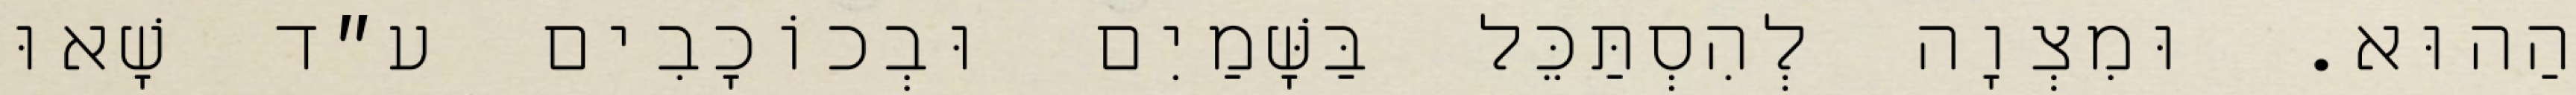
הַהוּא. וּמִצְוָה לְהִסְתַּכֵּל בַּשָּׁמַיִם וּבְכוֹכָבִים ע״ד שָׁאוּ